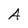
Character: A